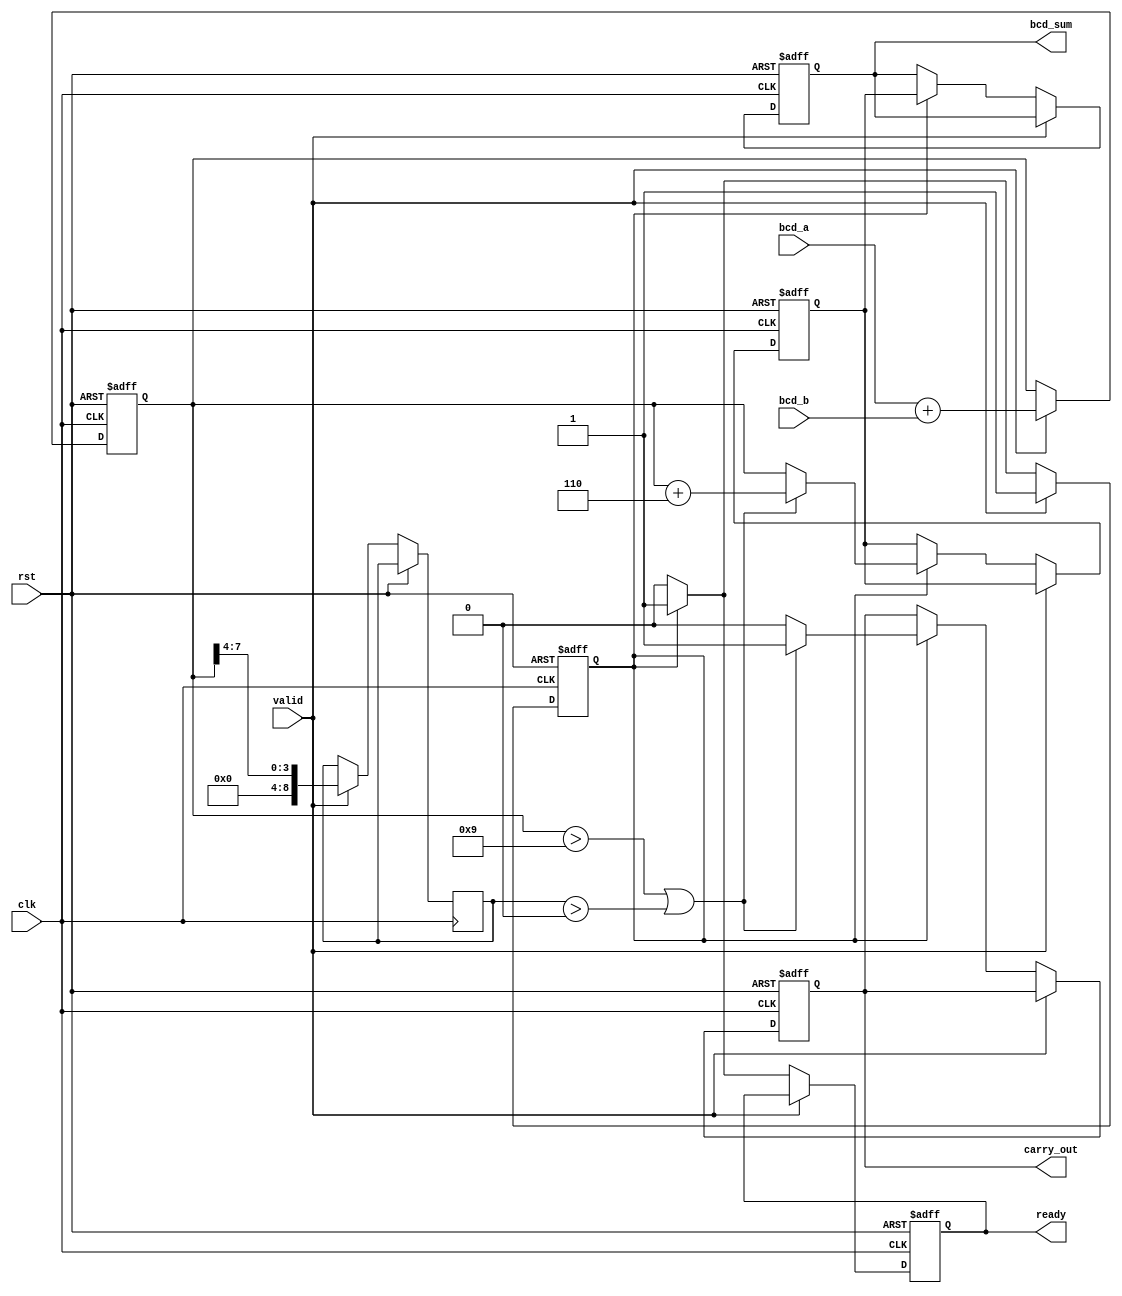
module bcd_pipelined_adder #(parameter BCD_WIDTH = 8) (
    input clk,
    input rst,
    input [BCD_WIDTH-1:0] bcd_a, // First BCD input
    input [BCD_WIDTH-1:0] bcd_b, // Second BCD input
    input valid,                 // Input valid signal
    output reg [BCD_WIDTH-1:0] bcd_sum, // BCD output
    output reg carry_out,        // Carry output
    output reg ready             // Output ready signal
);

    reg [BCD_WIDTH-1:0] sum_stage1; // Stage 1: Initial addition
    reg [BCD_WIDTH-1:0] sum_stage2; // Stage 2: After correction check
    reg [BCD_WIDTH-1:0] correction;  // Correction value for BCD addition
    reg [BCD_WIDTH:0] carry_stage1;  // Carry from addition
    reg valid_stage1;                // Valid signal for stage 1

    // Correction constant for BCD
    localparam CORRECTION = 4'b0110;

    always @(posedge clk or posedge rst) begin
        if (rst) begin
            // Reset all registers
            sum_stage1 <= 0;
            sum_stage2 <= 0;
            bcd_sum <= 0;
            carry_out <= 0;
            ready <= 0;
            valid_stage1 <= 0;
        end else begin
            if (valid) begin
                valid_stage1 <= 1; // Indicate valid input for stage 1

                // Stage 1: Perform binary addition of two BCD digits
                sum_stage1 <= bcd_a + bcd_b;
                carry_stage1 <= sum_stage1 >> 4; // Carry out check (higher-than-4 bits)
            end else if (valid_stage1) begin
                // Stage 2: BCD correction check
                if ((sum_stage1 > 4'd9) || (carry_stage1 > 0)) begin
                    sum_stage2 <= sum_stage1 + CORRECTION; // Apply correction
                    carry_out <= 1; // Set carry out
                end else begin
                    sum_stage2 <= sum_stage1; // No correction needed
                    carry_out <= 0;
                end

                // Stage 3: Final output assignment
                bcd_sum <= sum_stage2; // Assign corrected sum to output
                ready <= 1; // Indicate output is ready
            end else begin
                valid_stage1 <= 0; // Reset valid flag if not valid
                ready <= 0; // Reset ready signal if no valid input
            end
        end
    end

endmodule